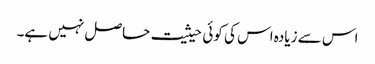
اس سے زیادہ اس کی کوئی حیثیت حاصل نہیں ہے۔